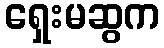
ရှေးမဆွက